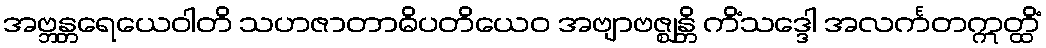
အဗ္ဘန္တရေယေဝါတိ သဟဇာတာဓိပတိယေဝ အဗျာဗဇ္ဈန္တိ ကိံသဒ္ဒေါ အလင်္ကတဣတ္ထိံ